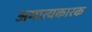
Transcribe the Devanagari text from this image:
अमात्यकारक